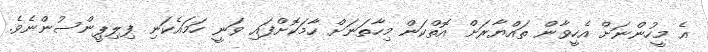
އެ މީހުންނަށް އެހީވާން ތައްޔާރަށް އޮތްކަން މިހާތަނަށް ހާމަކޮށްފައި ވަނީ ހަމައެކަނި ފިލިޕީންސުންނެވެ.